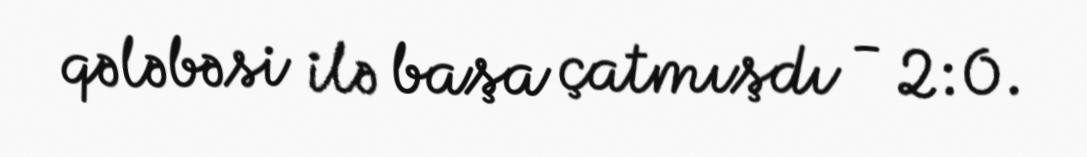
qələbəsi ilə başa çatmışdı - 2:0.